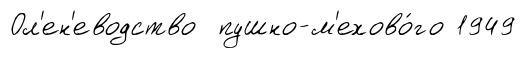
Ол'ен'еводство пушно-м'ехово́го 1949